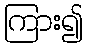
ကြား၍